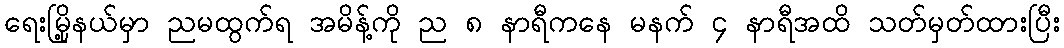
ရေးမြို့နယ်မှာ ညမထွက်ရ အမိန့်ကို ည ၈ နာရီကနေ မနက် ၄ နာရီအထိ သတ်မှတ်ထားပြီး